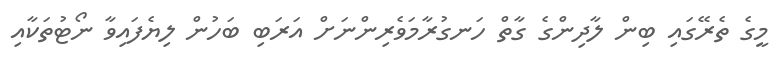
މީގެ ތެރޭގައި ބިން ލާދިންގެ ގާތް ހަނގުރާމަވެރިންނަށް އަރަބި ބަހުން ލިޔެފައިވާ ނޯޓުތަކާއި